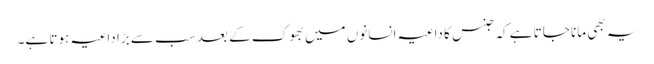
یہ بھی مانا جاتا ہے کہ جنس کا داعیہ انسانوں میں بھوک کے بعد سب سے بڑا داعیہ ہوتا ہے۔